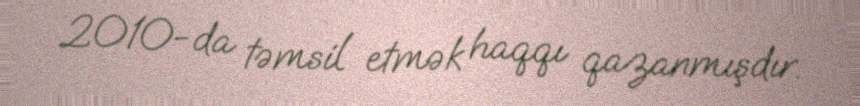
2010-da təmsil etmək haqqı qazanmışdır.